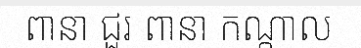
ពានា ជួរ ពានា កណ្តាល